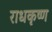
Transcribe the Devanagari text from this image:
राधकृष्ण